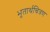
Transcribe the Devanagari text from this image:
भूतार्थचित्रण